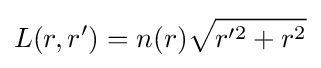
L(r,r')=n(r){\sqrt {r'^{2}+r^{2}}}